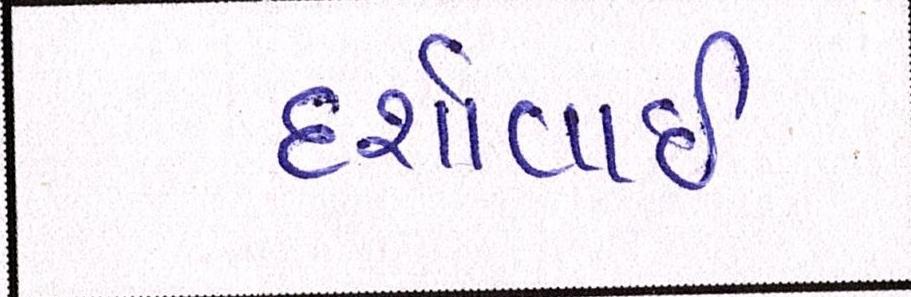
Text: દર્શાવાઈ